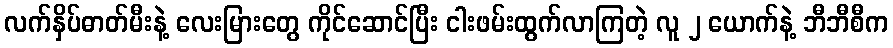
လက်နှိပ်ဓာတ်မီးနဲ့ လေးမြားတွေ ကိုင်ဆောင်ပြီး ငါးဖမ်းထွက်လာကြတဲ့ လူ ၂ ယောက်နဲ့ ဘီဘီစီက